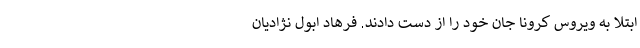
ابتلا به ویروس کرونا جان‌ خود را از دست دادند. فرهاد ابول نژادیان